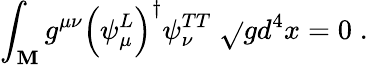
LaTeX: \int_{\mathbf{M}}g^{\mu\nu}\Bigr(\psi_{\mu}^{L}\Bigr)^{\dagger}\psi_{\nu}^{TT}\; \sqrt{}{{g}}d^{4}x=0\; .